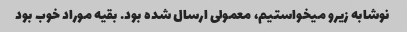
نوشابه زیرو میخواستیم، معمولی ارسال شده بود. بقیه موراد خوب بود